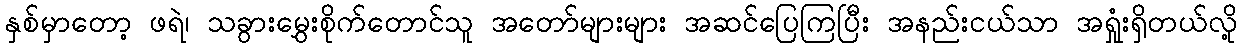
နှစ်မှာတော့ ဖရဲ၊ သခွားမွှေးစိုက်တောင်သူ အတော်များများ အဆင်ပြေကြပြီး အနည်းငယ်သာ အရှုံးရှိတယ်လို့